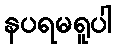
နပရမရူပါ